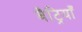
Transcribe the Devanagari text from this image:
बैट्रियाँ